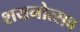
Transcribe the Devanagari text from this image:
शयनोत्सव